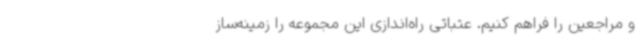
و مراجعین را فراهم کنیم. عتباتی راه‌اندازی این مجموعه را زمینه‌ساز